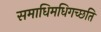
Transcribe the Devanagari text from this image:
समाधिमधिगच्छति